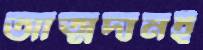
আত্মদানই